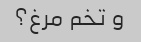
و تخم مرغ؟